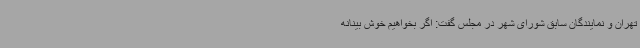
تهران و نمایندگان سابق شورای شهر در مجلس گفت: اگر بخواهیم خوش بینانه